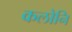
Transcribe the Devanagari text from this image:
कलोनि